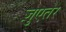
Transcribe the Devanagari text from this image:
ज़ुएतेर